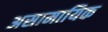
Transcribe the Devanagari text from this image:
असामायिक